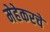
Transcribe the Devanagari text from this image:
मेहेकरचे